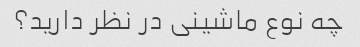
چه نوع ماشینی در نظر دارید؟